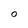
Character: O